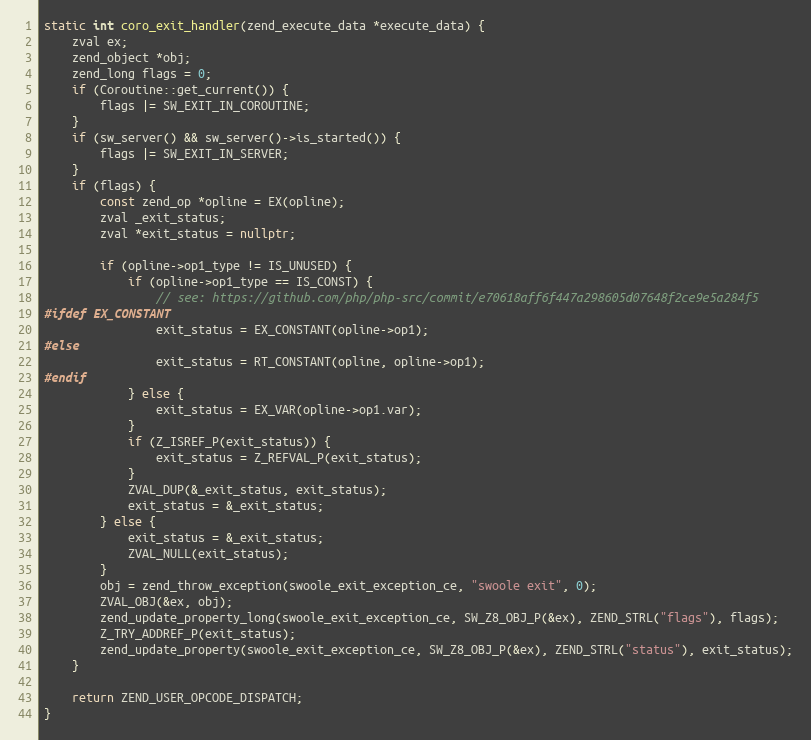
Language: C++
static int coro_exit_handler(zend_execute_data *execute_data) {
    zval ex;
    zend_object *obj;
    zend_long flags = 0;
    if (Coroutine::get_current()) {
        flags |= SW_EXIT_IN_COROUTINE;
    }
    if (sw_server() && sw_server()->is_started()) {
        flags |= SW_EXIT_IN_SERVER;
    }
    if (flags) {
        const zend_op *opline = EX(opline);
        zval _exit_status;
        zval *exit_status = nullptr;

        if (opline->op1_type != IS_UNUSED) {
            if (opline->op1_type == IS_CONST) {
                // see: https://github.com/php/php-src/commit/e70618aff6f447a298605d07648f2ce9e5a284f5
#ifdef EX_CONSTANT
                exit_status = EX_CONSTANT(opline->op1);
#else
                exit_status = RT_CONSTANT(opline, opline->op1);
#endif
            } else {
                exit_status = EX_VAR(opline->op1.var);
            }
            if (Z_ISREF_P(exit_status)) {
                exit_status = Z_REFVAL_P(exit_status);
            }
            ZVAL_DUP(&_exit_status, exit_status);
            exit_status = &_exit_status;
        } else {
            exit_status = &_exit_status;
            ZVAL_NULL(exit_status);
        }
        obj = zend_throw_exception(swoole_exit_exception_ce, "swoole exit", 0);
        ZVAL_OBJ(&ex, obj);
        zend_update_property_long(swoole_exit_exception_ce, SW_Z8_OBJ_P(&ex), ZEND_STRL("flags"), flags);
        Z_TRY_ADDREF_P(exit_status);
        zend_update_property(swoole_exit_exception_ce, SW_Z8_OBJ_P(&ex), ZEND_STRL("status"), exit_status);
    }

    return ZEND_USER_OPCODE_DISPATCH;
}